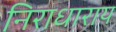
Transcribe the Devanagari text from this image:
निराधाराय